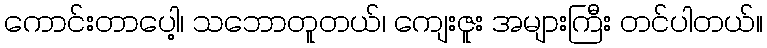
ကောင်းတာပေါ့၊ သဘောတူတယ်၊ ကျေးဇူး အများကြီး တင်ပါတယ်။